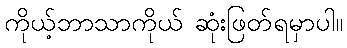
ကိုယ့်ဘာသာကိုယ် ဆုံးဖြတ်ရမှာပါ။